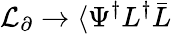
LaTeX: {\cal L}_{\partial}\rightarrow\langle\Psi^{\dagger}L^{\dagger}\bar{L}